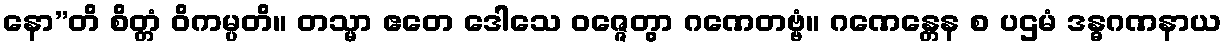
နော”တိ စိတ္တံ ဝိကမ္ပတိ။ တသ္မာ ဧတေ ဒေါသေ ဝဇ္ဇေတွာ ဂဏေတဗ္ဗံ။ ဂဏေန္တေန စ ပဌမံ ဒန္ဓဂဏနာယ